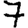
Digit: 7